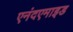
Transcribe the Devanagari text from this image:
एनंदएमाइड